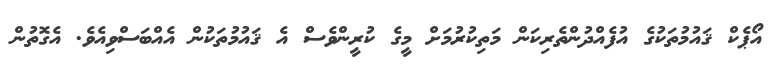
އޯޕެކް ޤައުމުތަކުގެ އުފެއްދުންތެރިކަން މަތިކުރުމަށް މީގެ ކުރީންވެސް އެ ޤައުމުތަކުން އެއްބަސްވިއެވެ. އެގޮތުން